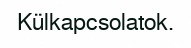
Külkapcsolatok.